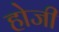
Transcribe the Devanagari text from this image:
होजी